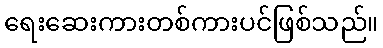
ရေးဆေးကားတစ်ကားပင်ဖြစ်သည်။